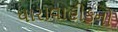
ધારાવાહીકનો